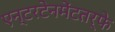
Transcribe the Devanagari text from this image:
एन्टरटेनमेंटतर्फे